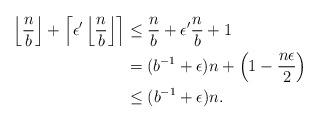
LaTeX: \begin{align*}\left\lfloor \frac{n}{b} \right\rfloor+ \left\lceil \epsilon' \left\lfloor \frac{n}{b} \right\rfloor \right\rceil &\le \frac{n}{b}+\epsilon' \frac{n}{b}+1\\&= (b^{-1}+\epsilon)n + \left( 1 - \frac{n\epsilon}{2}\right)\\ &\le (b^{-1} + \epsilon)n.\end{align*}